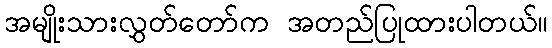
အမျိုးသားလွှတ်တော်က အတည်ပြုထားပါတယ်။